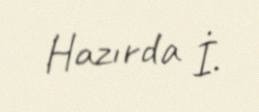
Hazırda İ.